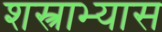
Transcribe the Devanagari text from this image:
शस्त्राभ्यास